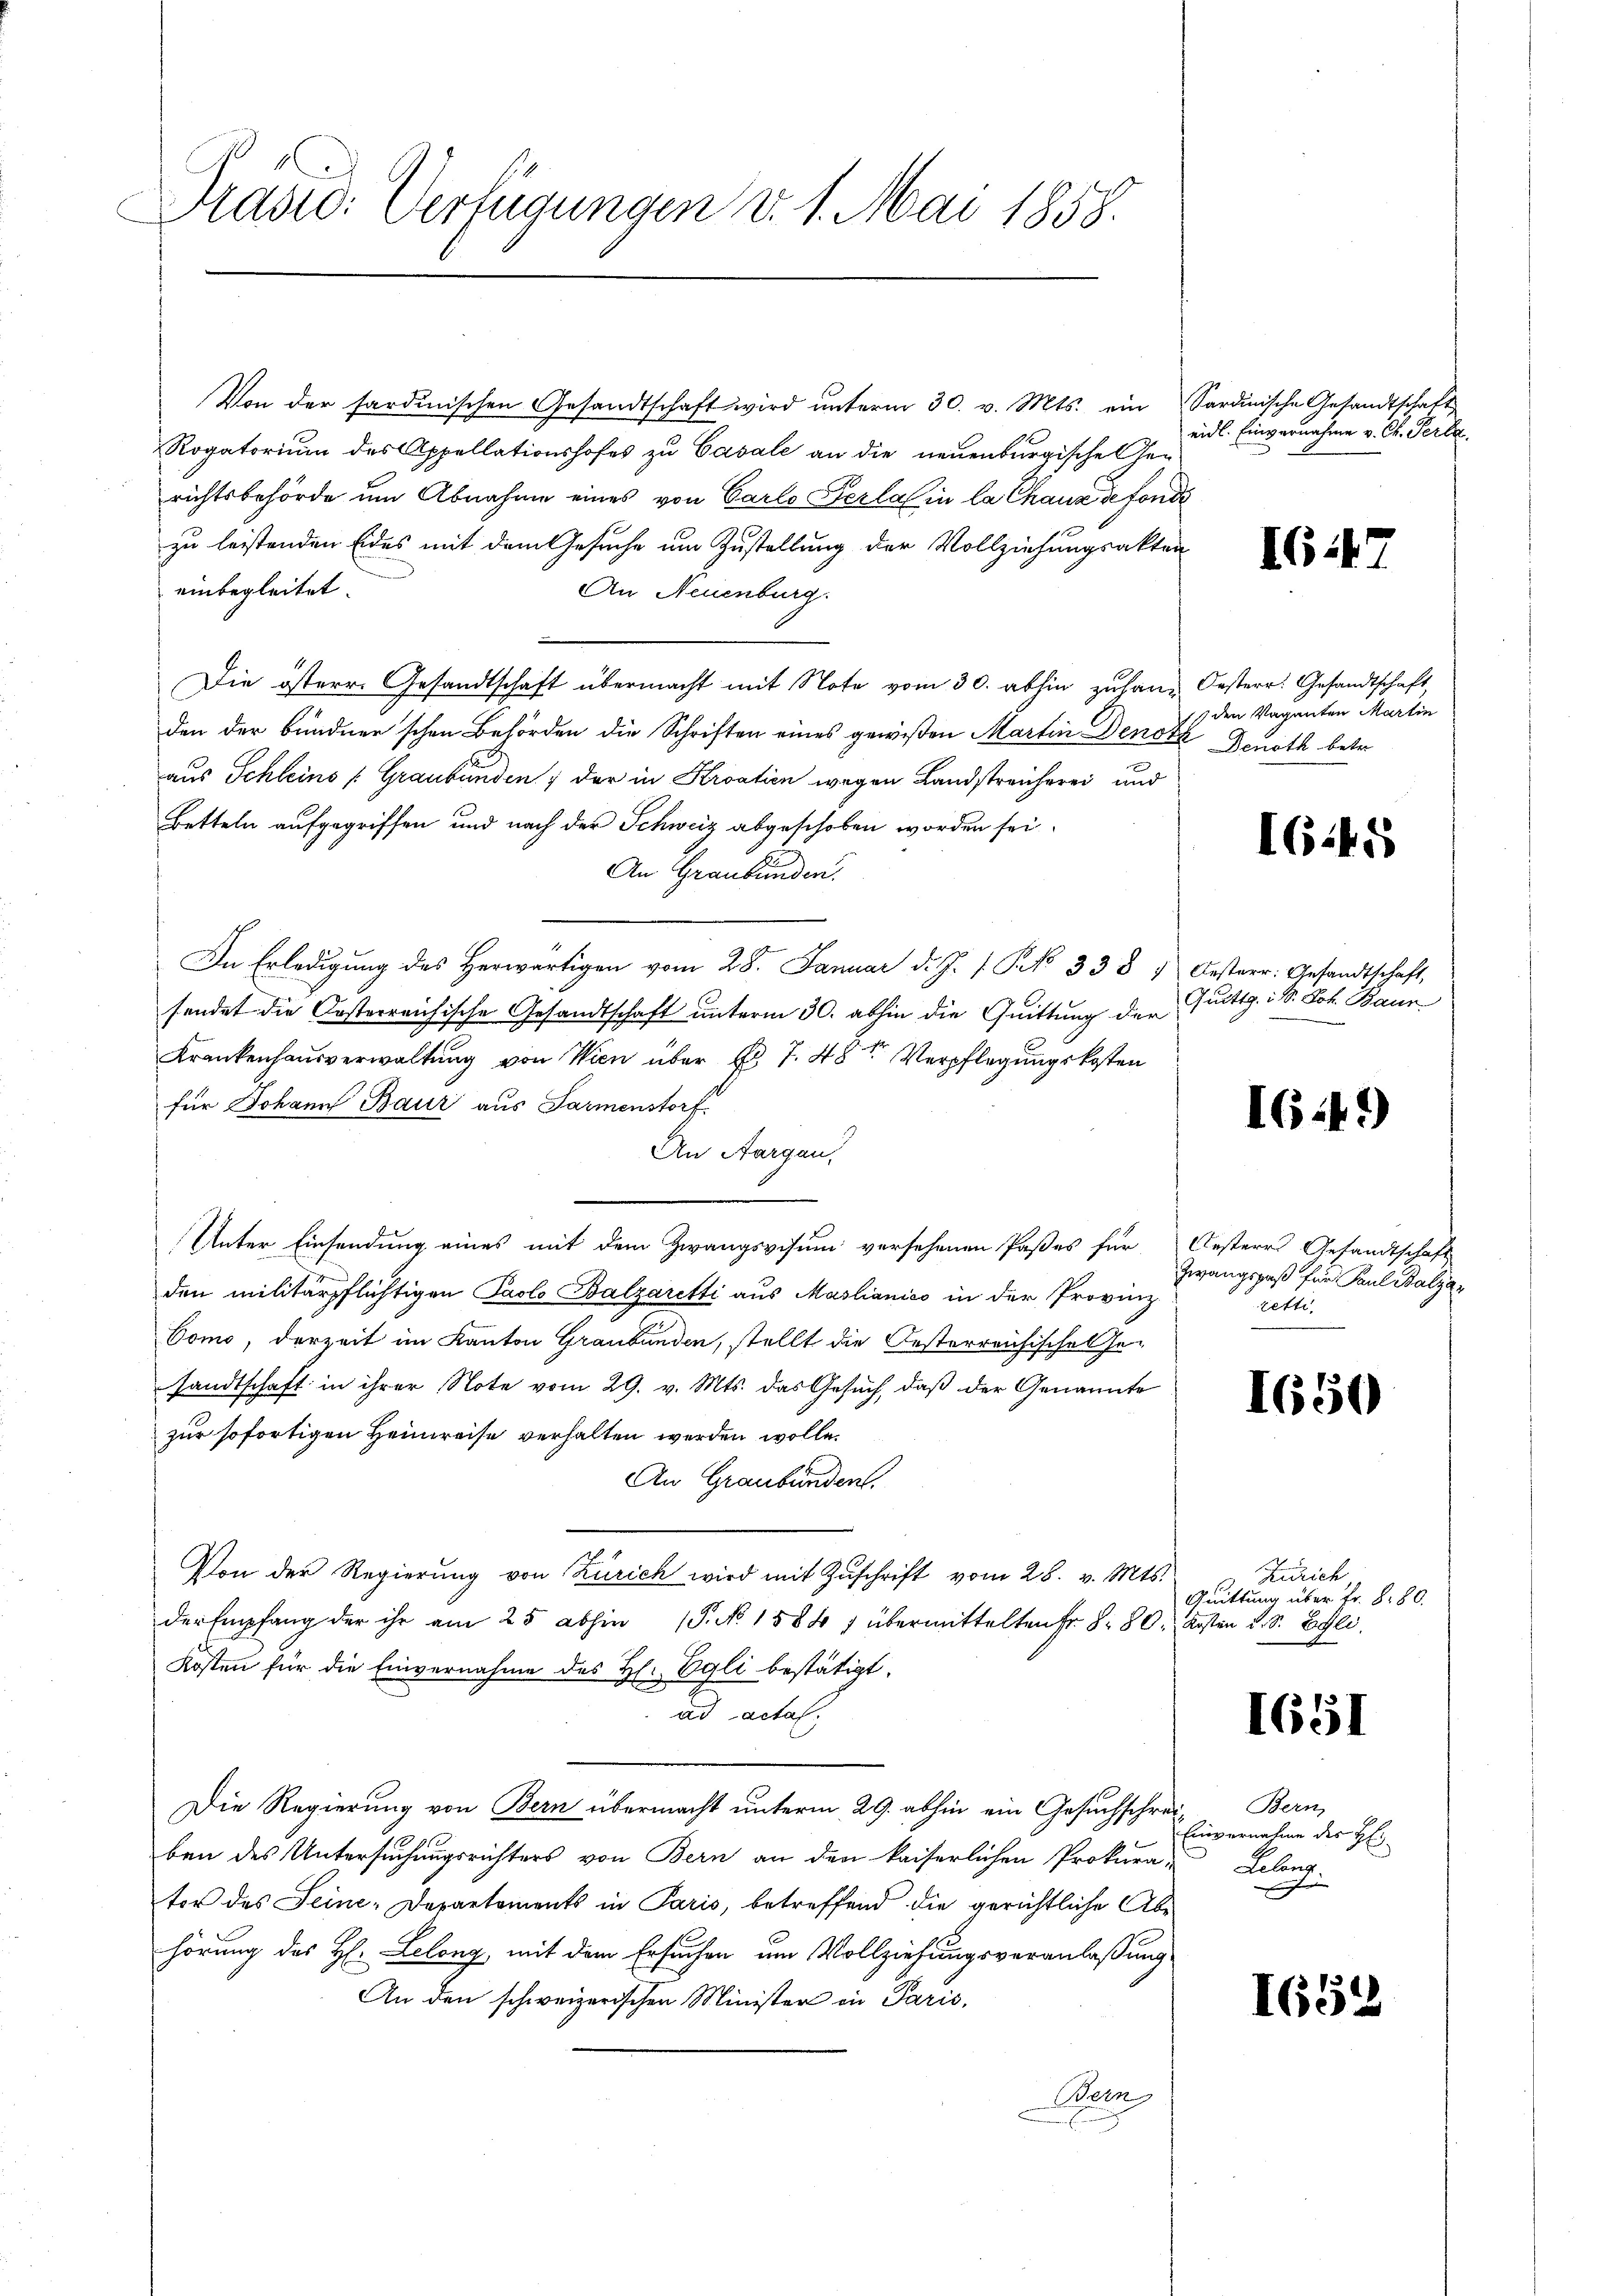
Prasio: Verfügungen d. 1. Mai 1858.

Von der sardinischen Gesandtschaft wird ŭnterm 30. v. Mts. ein
Rogatorium des Appellationshofes zu Casale an die neuenburgische Ge-
richtsbehörde um Abnahme eines von Carlo Gerlas in la Chaux de fonde
zu leistenden Eides mit dem Gesuche um Zustellung der Vollziehungsakten
einbegleitet.
An Neuenburg.
Die österr. Gesandtschaft übermacht mit Note vom 30. abhin zuhang Oesterr. Gesandtschaft,
den der bundner schon Behörden die Schriften eines gewißen Martin Denote Benoth betr.
aus Schleins (Graubünden der in Kroation wegen Landstreicherei und
Betteln aufgegriffen und nach der Schweiz abgeschoben worden sei.
An Graubünden.
In Erledigung des Herwärtigen vom 28. Januar d. J. 1 Pk 338)
sendet die Oesterreichische Gesandtschaft unterm 30. abhin die Quittung der
Krankenhausverwaltung von Wien über d. 7. 48t Verpflegungskosten
für Johann Baur aus Parmenstorf.
An Aargau,
Unter Einsendung eines mit dem Zwangsvisum versehenen Paßes für
den militärpflichtigen Paolo Balzaretti aus Mastianico in der Provinz
Como, derzeit im Kanton Graubünden, stellt die Oesterreichische Ge-
sandtschaft in ihrer Note vom 29. v. Mts. das Gesuch, daß der Genannte
zur sofortigen Heimreise verhalten werden wolle.
An Graubünden.
Von der Regierŭng von Zürich wird mit Zŭschrift vom 28. v. Mts.
der Empfang der ihr am 25. abhin (P. No. 1584 1 übermittelten Fr. S. 80. Kosten L. S. Egli
Kosten für die Einvernahme des H. Egli bestätigt.
ad acta.
Die Regierung von Bern übermacht unterm 29. abhin ein Gesuchschreiben des Untersuchungsrichters von Bern an den kaiserlichen Prokura-
tor des Seine-Departements in Paris, betreffend die gerichtliche Abe
hörung des H. Lelong mit dem Ersuchen um Vollziehungsveranlassung
An den schweizerischen Minister ein Paris,
Wern

Sardinische Gesandtschaft
eidl. Einvernahme v. Ch. Serbe.

I647

den Vaganten Martin

1645

Oesterr. Gesandtschaft,
Quittg. iS. Joh. Baur

I6.49)

Oesteres Gesandtschaft
Zwangspaß für Paul Balza
retti,

1650

Zürich
Quittung über Fr. 880.

1651

Bern,
Einvernahme der H:
Lelang

I658